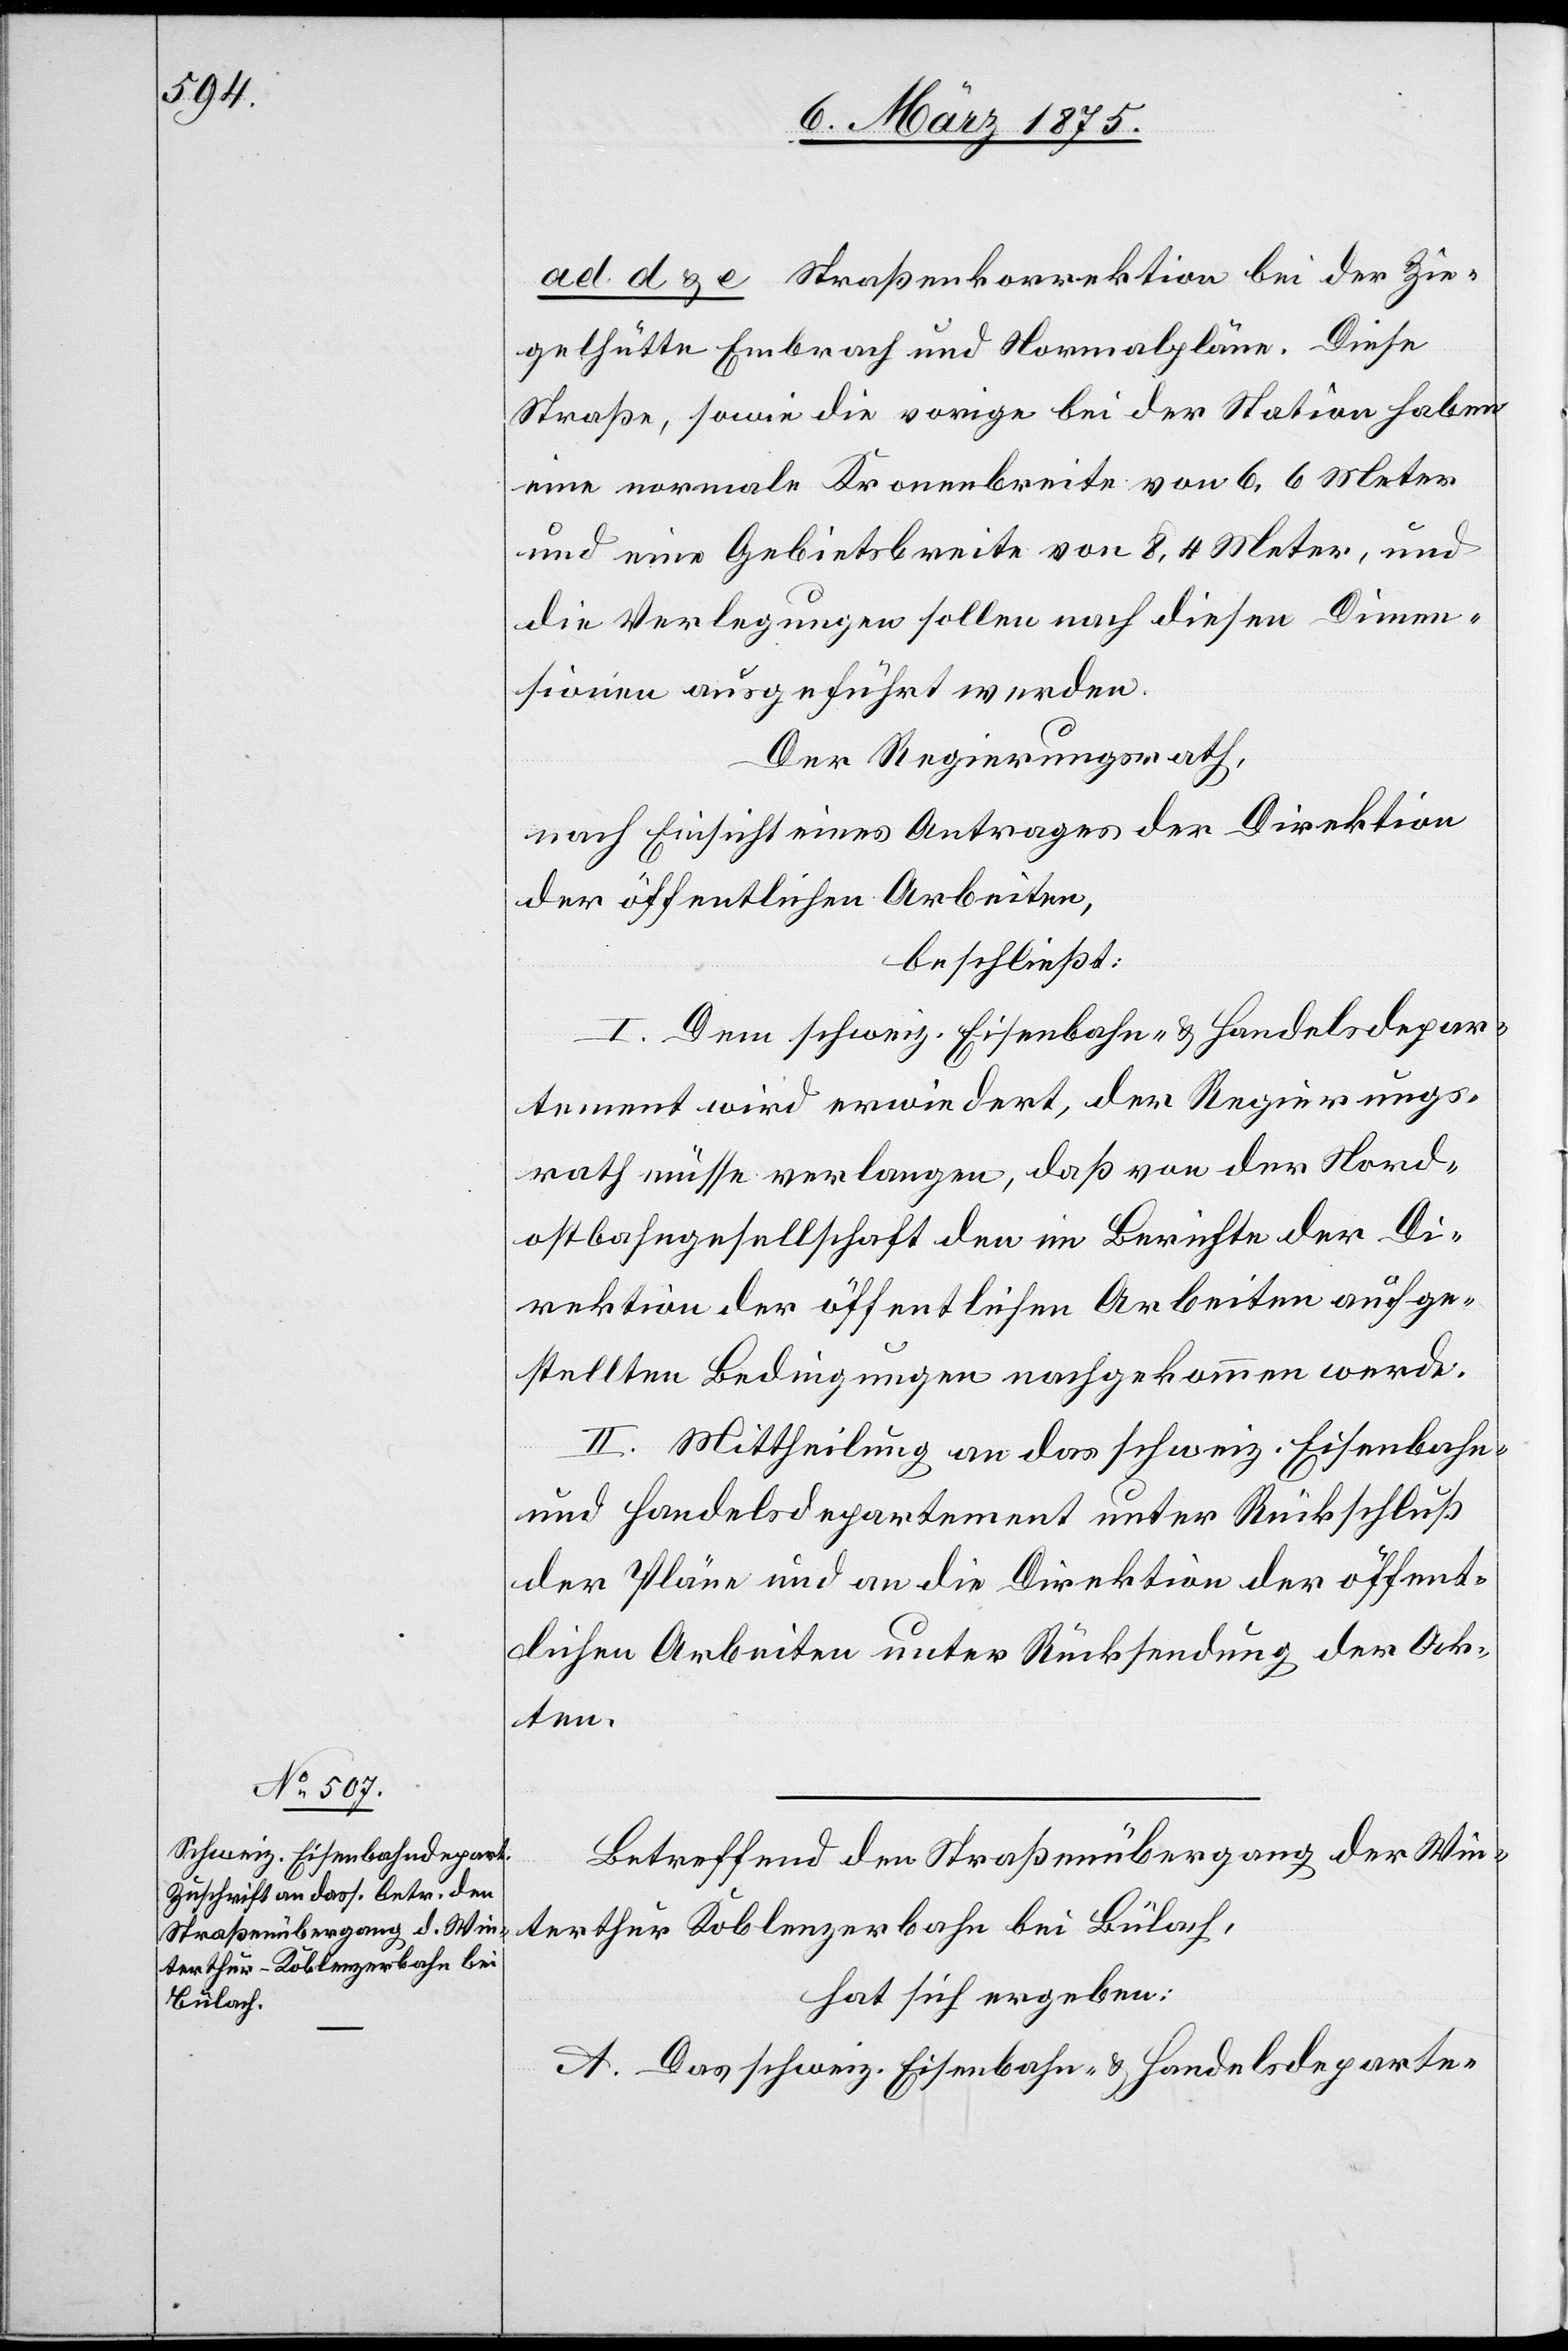
ad. d & e Straßenkorrektion bei der Zie¬
gelhütte Embrach und Normalpläne. Diese
Straße sowie die vorige bei der Station haben
eine normale Kronenbreite von 6,6 Meter
und eine Gebietsbreite von 8,4 Meter, und
die Verlegungen sollen nach diesen Dimen¬
sionen ausgeführt werden.
Der Regierungsrath,
nach Einsicht eines Antrages der Direktion
der öffentlichen Arbeiten,
beschließt:
I. Dem schweiz. Eisenbahn- & Handelsdepar¬
tement wird erwiedert, der Regierungs¬
rath müsse verlangen, daß von der Nord¬
ostbahngesellschaft den im Berichte der Di¬
rektion der öffentlichen Arbeiten aufge¬
stellten Bedingungen nachgekommen werden.
II. Mittheilung an das schweiz. Eisenbahn-
und Handelsdepartement unter Rückschluß
der Pläne und an die Direktion der öffent¬
lichen Arbeiten unter Rücksendung der Ak¬
ten.
Betreffend den Straßenübergang der Win¬
terthur Koblenzbahn bei Bülach,
hat sich ergeben:
A. Das schweiz. Eisenbahn- & Handelsdeparte-